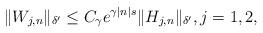
LaTeX: \begin{align*} \| W_{j,n} \|_{\delta'} \le C_\gamma e^{\gamma |n|s} \| H_{j,n}\|_{\delta'},j=1,2,\end{align*}